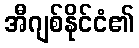
အီဂျစ်နိုင်ငံ၏